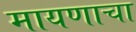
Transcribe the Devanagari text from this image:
मायणाचा